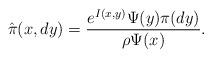
LaTeX: \begin{align*}\hat{\pi}(x,dy)=\frac{e^{I(x,y)}\Psi(y)\pi(dy)}{\rho\Psi(x)}.\end{align*}